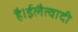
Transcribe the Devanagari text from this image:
है।ईलैत्वादी